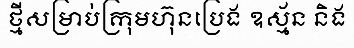
ថ្មីសម្រាប់ក្រុមហ៊ុនប្រេង ឧស្ម័ន និង